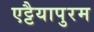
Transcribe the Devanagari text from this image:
एट्टैयापुरम